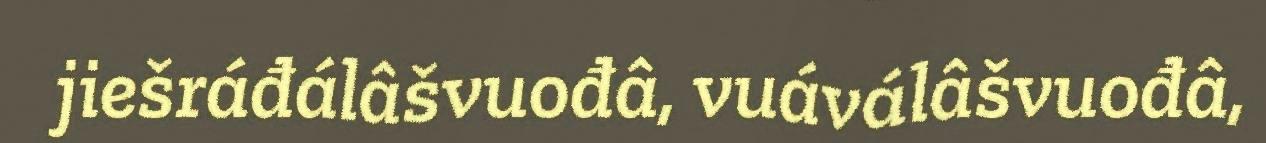
jiešráđálâšvuođâ, vuáválâšvuođâ,